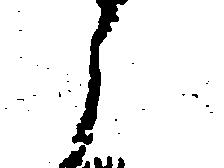
と